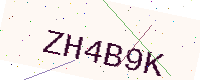
Text: ZH4B9K